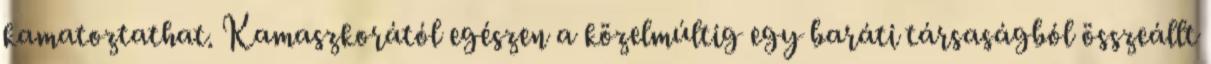
kamatoztathat. Kamaszkorától egészen a közelmúltig egy baráti társaságból összeállt